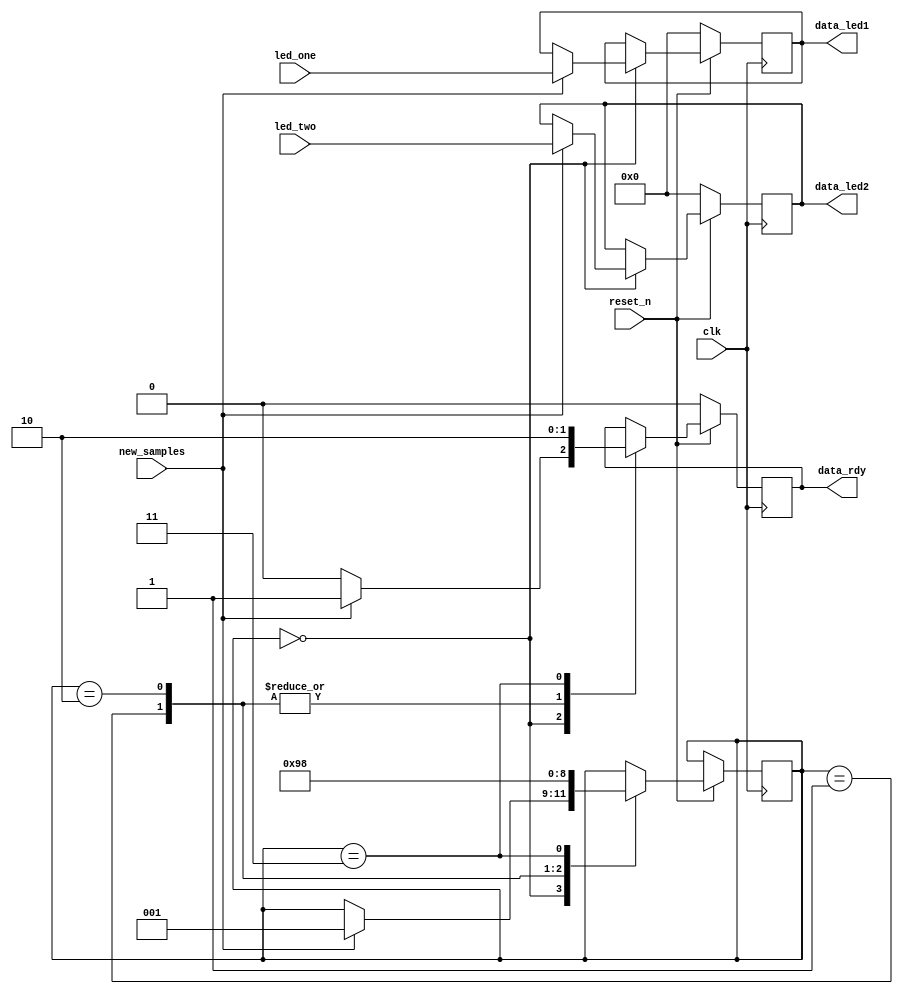
module fifov1(
	
//	for now just passing led1 and led2 values
// 	no reason to use actual fifo when fixed speeds going 
//in and coming out

//since wifi is at 25 mhz, make sure to output signal for 2 clock cycles

//top
input clk,
//fsm
input reset_n,

//data_buffer
input new_samples,
input [21:0] led_one,
input [21:0] led_two,

//hr alu
/*input [9:0] hr,
input [9:0] hr_dv,

//spo2 alu
input [9:0] spo2,
input [9:0] spo2_dv
*/


//wifi
//decide on 1 data line or multiple data lines
output reg [21:0] data_led1,
output reg [21:0] data_led2,
output reg data_rdy




);
//need to create ram for each set of data, write code to store that data and ship out
reg [2:0] delay_reg;

always@(posedge clk)
	begin
		if (~reset_n)
			begin
				data_led1 <= 0;
				data_led2 <= 0;
				data_rdy <= 0;
			end
		else begin
		case (delay_reg)
				3'b000: //adding delay because crossing clock domains
					begin
						if(new_samples)
					begin
					data_led1 <= led_one;
					data_led2 <= led_two;
					data_rdy <= 1;
					delay_reg <= 3'b001;
					end
				else begin
					data_led1 <= data_led1;
					data_led2 <= data_led2;
					data_rdy <= 0;
					delay_reg <= delay_reg;
				end
				end
				3'b001:
					begin
					data_led1 <= data_led1;
					data_led2 <= data_led2;
					data_rdy <= 1;
					delay_reg <= 3'b010;
					end
				3'b010:
					begin
					data_led1 <= data_led1;
					data_led2 <= data_led2;
					data_rdy <= 1;
					delay_reg <= 3'b011;
					end
				3'b011:
					begin
					data_led1 <= data_led1;
					data_led2 <= data_led2;
					data_rdy <= 0;
					delay_reg <= 3'b000;
					end
			
					
			
			endcase
			end	
	end

endmodule